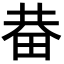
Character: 𤱺